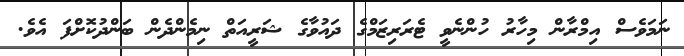
ނަމަވެސް އިމްރާން މިހާރު ހުންނެވީ ޓެރަރިޒަމްގެ ދައުވާގެ ޝަރީއަތް ނިމެންދެން ބަންދުކޮށްފަ އެވެ.